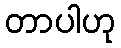
တာပါဟု